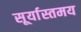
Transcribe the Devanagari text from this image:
सूर्यास्तमय